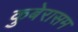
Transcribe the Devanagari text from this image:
कुबेरासम